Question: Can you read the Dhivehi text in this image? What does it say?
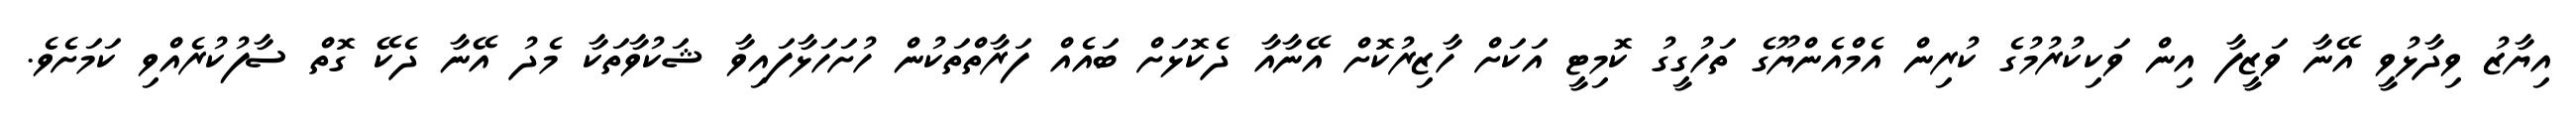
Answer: އިޔާޒު ވިދާޅުވީ އޭނާ ވަޒީފާ އިން ވަކިކުރުމުގެ ކުރިން އެމްއެންޔޫގެ ތަހުގީގު ކޮމިޓީ އަކަށް ހާޒިރުކޮށް އޭނާއާ ދެކޮޅަށް ބައެއް ފަރާތްތަކުން ހުށަހަޅާފައިވާ ޝަކުވާތަކާ މެދު އޭނާ ދެކޭ ގޮތް ސާފުކުރެއްވި ކަމަށެވެ.